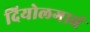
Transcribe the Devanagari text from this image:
दियोलगावं